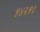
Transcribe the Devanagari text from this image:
५४२५०